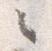
々